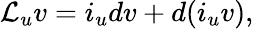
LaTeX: \mathcal{L}_{u}v=i_{u}dv+d(i_{u}v),